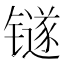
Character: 𬭼